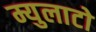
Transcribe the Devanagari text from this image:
म्युलाटो